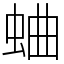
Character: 蛐